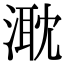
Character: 㴷